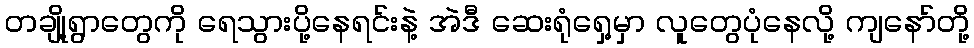
တချို့ရွာတွေကို ရေသွားပို့နေရင်းနဲ့ အဲဒီ ဆေးရုံရှေ့မှာ လူတွေပုံနေလို့ ကျနော်တို့